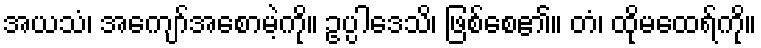
အယသံ၊ အကျော်အစောမဲ့ကို။ ဥပ္ပါဒေသိ၊ ဖြစ်စေ၏။ တံ၊ ထိုမထေရ်ကို။